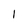
Character: 1